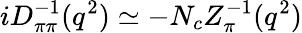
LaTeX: iD_{\pi\pi}^{-1}(q^{2})\simeq-N_{c}Z_{\pi}^{-1}(q^{2})